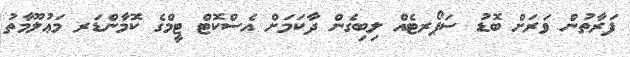
ފަރާތުން ވަރަށް ބޮޑު ސަޕޯރޓެއް ލިބިގެން ދާކަމަށް އެސްކޮޓް ޓީމްގެ ކޮމާންޑަރ މަޢުލޫމާތު